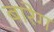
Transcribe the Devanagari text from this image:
बारेग